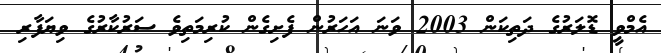
އެމްވީ ޑޮލަރުގެ ދަތިކަން 2003 ވަނަ އަހަރުން ފެށިގެން ކުރިމަތިވެ ސަރުކާރުގެ ވިޔަފާރި